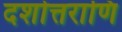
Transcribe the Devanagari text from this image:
दशोत्तराणि